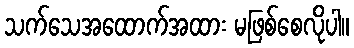
သက်သေအထောက်အထား မဖြစ်စေလိုပါ။